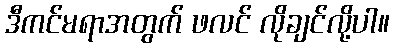
ဒီကင်မရာအတွက် ဖလင် လိုချင်လို့ပါ။